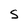
Character: S